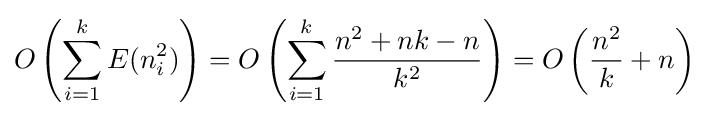
O\left(\sum _{i=1}^{k}E(n_{i}^{2})\right)=O\left(\sum _{i=1}^{k}{\frac {n^{2}+nk-n}{k^{2}}}\right)=O\left({\frac {n^{2}}{k}}+n\right)